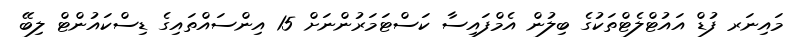
މައިނަރ ފުޑް އައުޓްލެޓްތަކުގެ ބިލުން އެމްފައިސާ ކަސްޓަމަރުންނަށް 15 އިންސައްތައިގެ ޑިސްކައުންޓް ލިބޭ